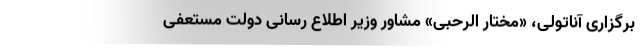
برگزاری آناتولی، «مختار الرحبی» مشاور وزیر اطلاع رسانی دولت مستعفی